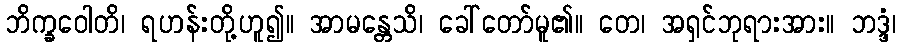
ဘိက္ခဝေါတိ၊ ရဟန်းတို့ဟူ၍။ အာမန္တေသိ၊ ခေါ်တော်မူ၏။ တေ၊ အရှင်ဘုရားအား။ ဘဒ္ဒံ၊